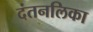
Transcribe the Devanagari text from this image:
दंतनलिका